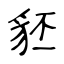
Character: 豾